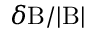
\delta \mathrm { B } / | \mathrm { B } |